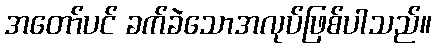
အတော်ပင် ခက်ခဲသောအလုပ်ဖြစ်ပါသည်။